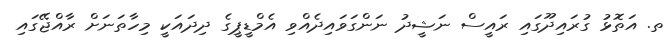
ތ. އަތޮޅު ގުރައިދޫގައި ރައީސް ނަޝީދު ނަންގަވައިދެއްވި އެމްޑީޕީގެ ދިދައަކީ މިހާތަނަށް ރާއްޖޭގައި